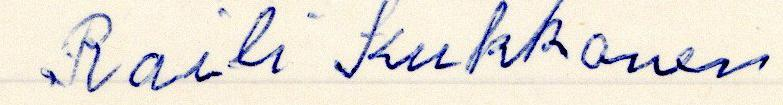
Raili Kukkonen